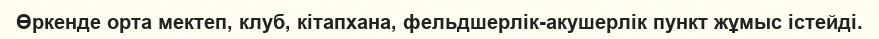
Өркенде орта мектеп, клуб, кітапхана, фельдшерлік-акушерлік пункт жұмыс істейді.